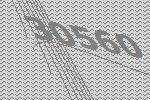
30560